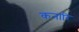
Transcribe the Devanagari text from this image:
कनारि